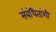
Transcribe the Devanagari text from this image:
संबंधितांशी